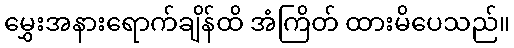
မွှေးအနားရောက်ချိန်ထိ အံကြိတ် ထားမိပေသည်။